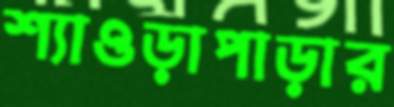
শ্যাওড়াপাড়ার